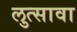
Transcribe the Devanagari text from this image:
लुत्सावा